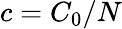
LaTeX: c=C_{0}/N